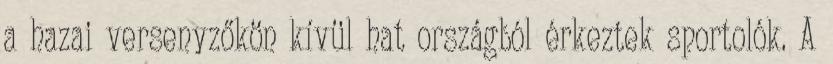
a hazai versenyzőkön kívül hat országból érkeztek sportolók. A